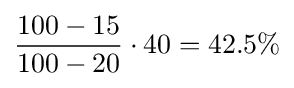
{\frac {100-15}{100-20}}\cdot 40=42.5\%